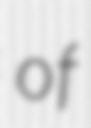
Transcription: of